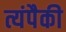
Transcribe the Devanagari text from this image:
त्यंपैकी